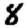
Digit: 8